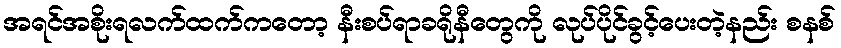
အရင်အစိုးရလက်ထက်ကတော့ နီးစပ်ရာခရိုနီတွေကို လုပ်ပိုင်ခွင့်ပေးတဲ့နည်း စနစ်